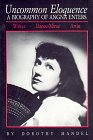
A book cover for Uncommon Eloquence: A Biography of Angna Enters; Dorothy Mandel; Biographies & Memoirs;